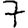
Digit: 7